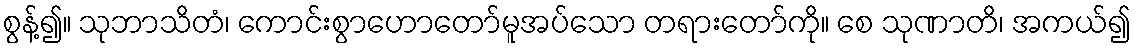
စွန့်၍။ သုဘာသိတံ၊ ကောင်းစွာဟောတော်မူအပ်သော တရားတော်ကို။ စေ သုဏာတိ၊ အကယ်၍